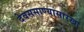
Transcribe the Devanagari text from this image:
देवससाण्यासारखा